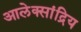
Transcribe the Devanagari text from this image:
आलेक्सांद्रिय